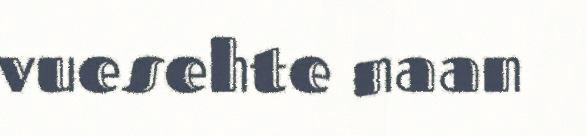
vuesehte naan